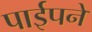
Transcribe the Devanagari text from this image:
पाईपने